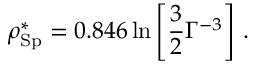
\rho _ { \mathrm { S p } } ^ { * } = 0 . 8 4 6 \ln \left[ \frac { 3 } { 2 } \Gamma ^ { - 3 } \right] \, .